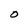
Character: O